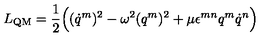
L _ { \mathrm { Q M } } = \frac 1 2 \Bigl ( ( \dot { q } ^ { m } ) ^ { 2 } - \omega ^ { 2 } ( q ^ { m } ) ^ { 2 } + \mu \epsilon ^ { m n } q ^ { m } \dot { q } ^ { n } \Bigr )